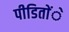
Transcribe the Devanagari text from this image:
पीडिताेंे